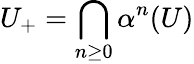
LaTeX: U_{+}=\bigcap_{n\geq 0}\alpha^{n}(U)